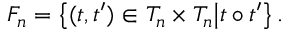
F _ { n } = \bigl \{ ( t , t ^ { \prime } ) \in T _ { n } \times T _ { n } \bigl | t \circ t ^ { \prime } \bigl \} \, .